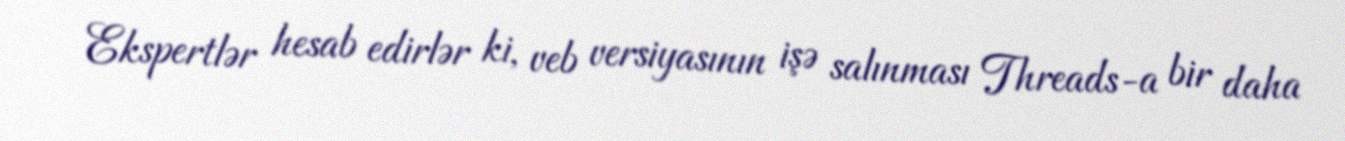
Ekspertlər hesab edirlər ki, veb versiyasının işə salınması Threads-a bir daha